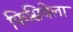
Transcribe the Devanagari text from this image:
फिसिचेला